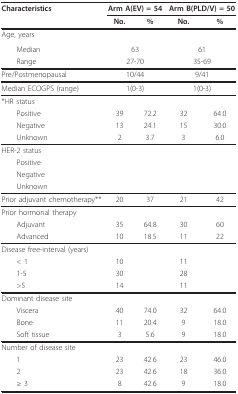
<table><thead><tr><td><b>Characteristics</b></td><td colspan="2"><b>Arm A(EV) = 54</b></td><td colspan="2"><b>Arm B(PLD/V) = 50</b></td></tr><tr><td></td><td><b>No.</b></td><td><b>%</b></td><td><b>No.</b></td><td><b>%</b></td></tr></thead><tbody><tr><td>Age, years</td><td colspan="2"></td><td colspan="2"></td></tr><tr><td> Median</td><td colspan="2">63</td><td colspan="2">61</td></tr><tr><td> Range</td><td colspan="2">27-70</td><td colspan="2">35-69</td></tr><tr><td>Pre/Postmenopausal</td><td colspan="2">10/44</td><td colspan="2">9/41</td></tr><tr><td>Median ECOGPS (range)</td><td colspan="2">1(0-3)</td><td colspan="2">1(0-3)</td></tr><tr><td>*HR status</td><td></td><td></td><td></td><td></td></tr><tr><td> Positive</td><td>39</td><td>72.2</td><td>32</td><td>64.0</td></tr><tr><td> Negative</td><td>13</td><td>24.1</td><td>15</td><td>30.0</td></tr><tr><td> Unknown</td><td>2</td><td>3.7</td><td>3</td><td>6.0</td></tr><tr><td>HER-2 status</td><td></td><td></td><td></td><td></td></tr><tr><td> Positive</td><td></td><td></td><td></td><td></td></tr><tr><td> Negative</td><td></td><td></td><td></td><td></td></tr><tr><td> Unknown</td><td></td><td></td><td></td><td></td></tr><tr><td>Prior adjuvant chemotherapy**</td><td>20</td><td>37</td><td>21</td><td>42</td></tr><tr><td>Prior hormonal therapy</td><td></td><td></td><td></td><td></td></tr><tr><td> Adjuvant</td><td>35</td><td>64.8</td><td>30</td><td>60</td></tr><tr><td> Advanced</td><td>10</td><td>18.5</td><td>11</td><td>22</td></tr><tr><td>Disease free-interval (years)</td><td></td><td></td><td></td><td></td></tr><tr><td> &lt; 1</td><td>10</td><td></td><td>11</td><td></td></tr><tr><td> 1-5</td><td>30</td><td></td><td>28</td><td></td></tr><tr><td> &gt;5</td><td>14</td><td></td><td>11</td><td></td></tr><tr><td>Dominant disease site</td><td></td><td></td><td></td><td></td></tr><tr><td> Viscera</td><td>40</td><td>74.0</td><td>32</td><td>64.0</td></tr><tr><td> Bone</td><td>11</td><td>20.4</td><td>9</td><td>18.0</td></tr><tr><td> Soft tissue</td><td>3</td><td>5.6</td><td>9</td><td>18.0</td></tr><tr><td>Number of disease site</td><td></td><td></td><td></td><td></td></tr><tr><td> 1</td><td>23</td><td>42.6</td><td>23</td><td>46.0</td></tr><tr><td> 2</td><td>23</td><td>42.6</td><td>18</td><td>36.0</td></tr><tr><td> ≥ 3</td><td>8</td><td>42.6</td><td>9</td><td>18.0</td></tr></tbody></table>